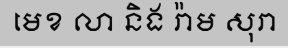
មេខ លា និង រ៉ាម សុរា